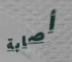
أصابة